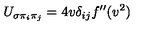
U _ { \sigma \pi _ { i } \pi _ { j } } = 4 v \delta _ { i j } f ^ { \prime \prime } ( v ^ { 2 } )